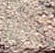
هانيبال